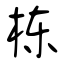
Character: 栋